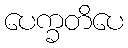
ပေက္ခတိပေ